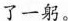
了一躬。